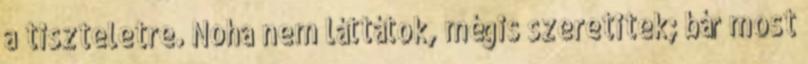
a tiszteletre. Noha nem láttátok, mégis szeretitek; bár most